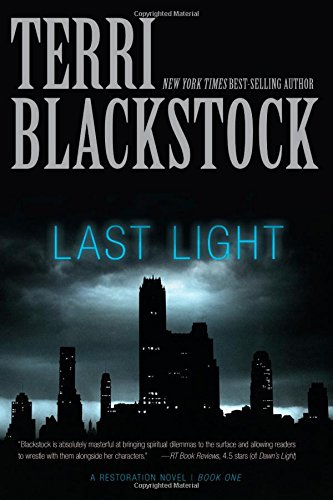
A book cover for Last Light (A Restoration Novel); Terri Blackstock; Christian Books & Bibles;